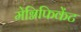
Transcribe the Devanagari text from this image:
मेग्निफिकेंट